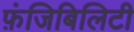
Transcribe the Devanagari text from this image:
फ़ंजिबिलिटी